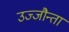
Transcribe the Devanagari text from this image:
उज्‍जौन्ता